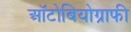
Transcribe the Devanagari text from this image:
ऑटोबियोग्राफी